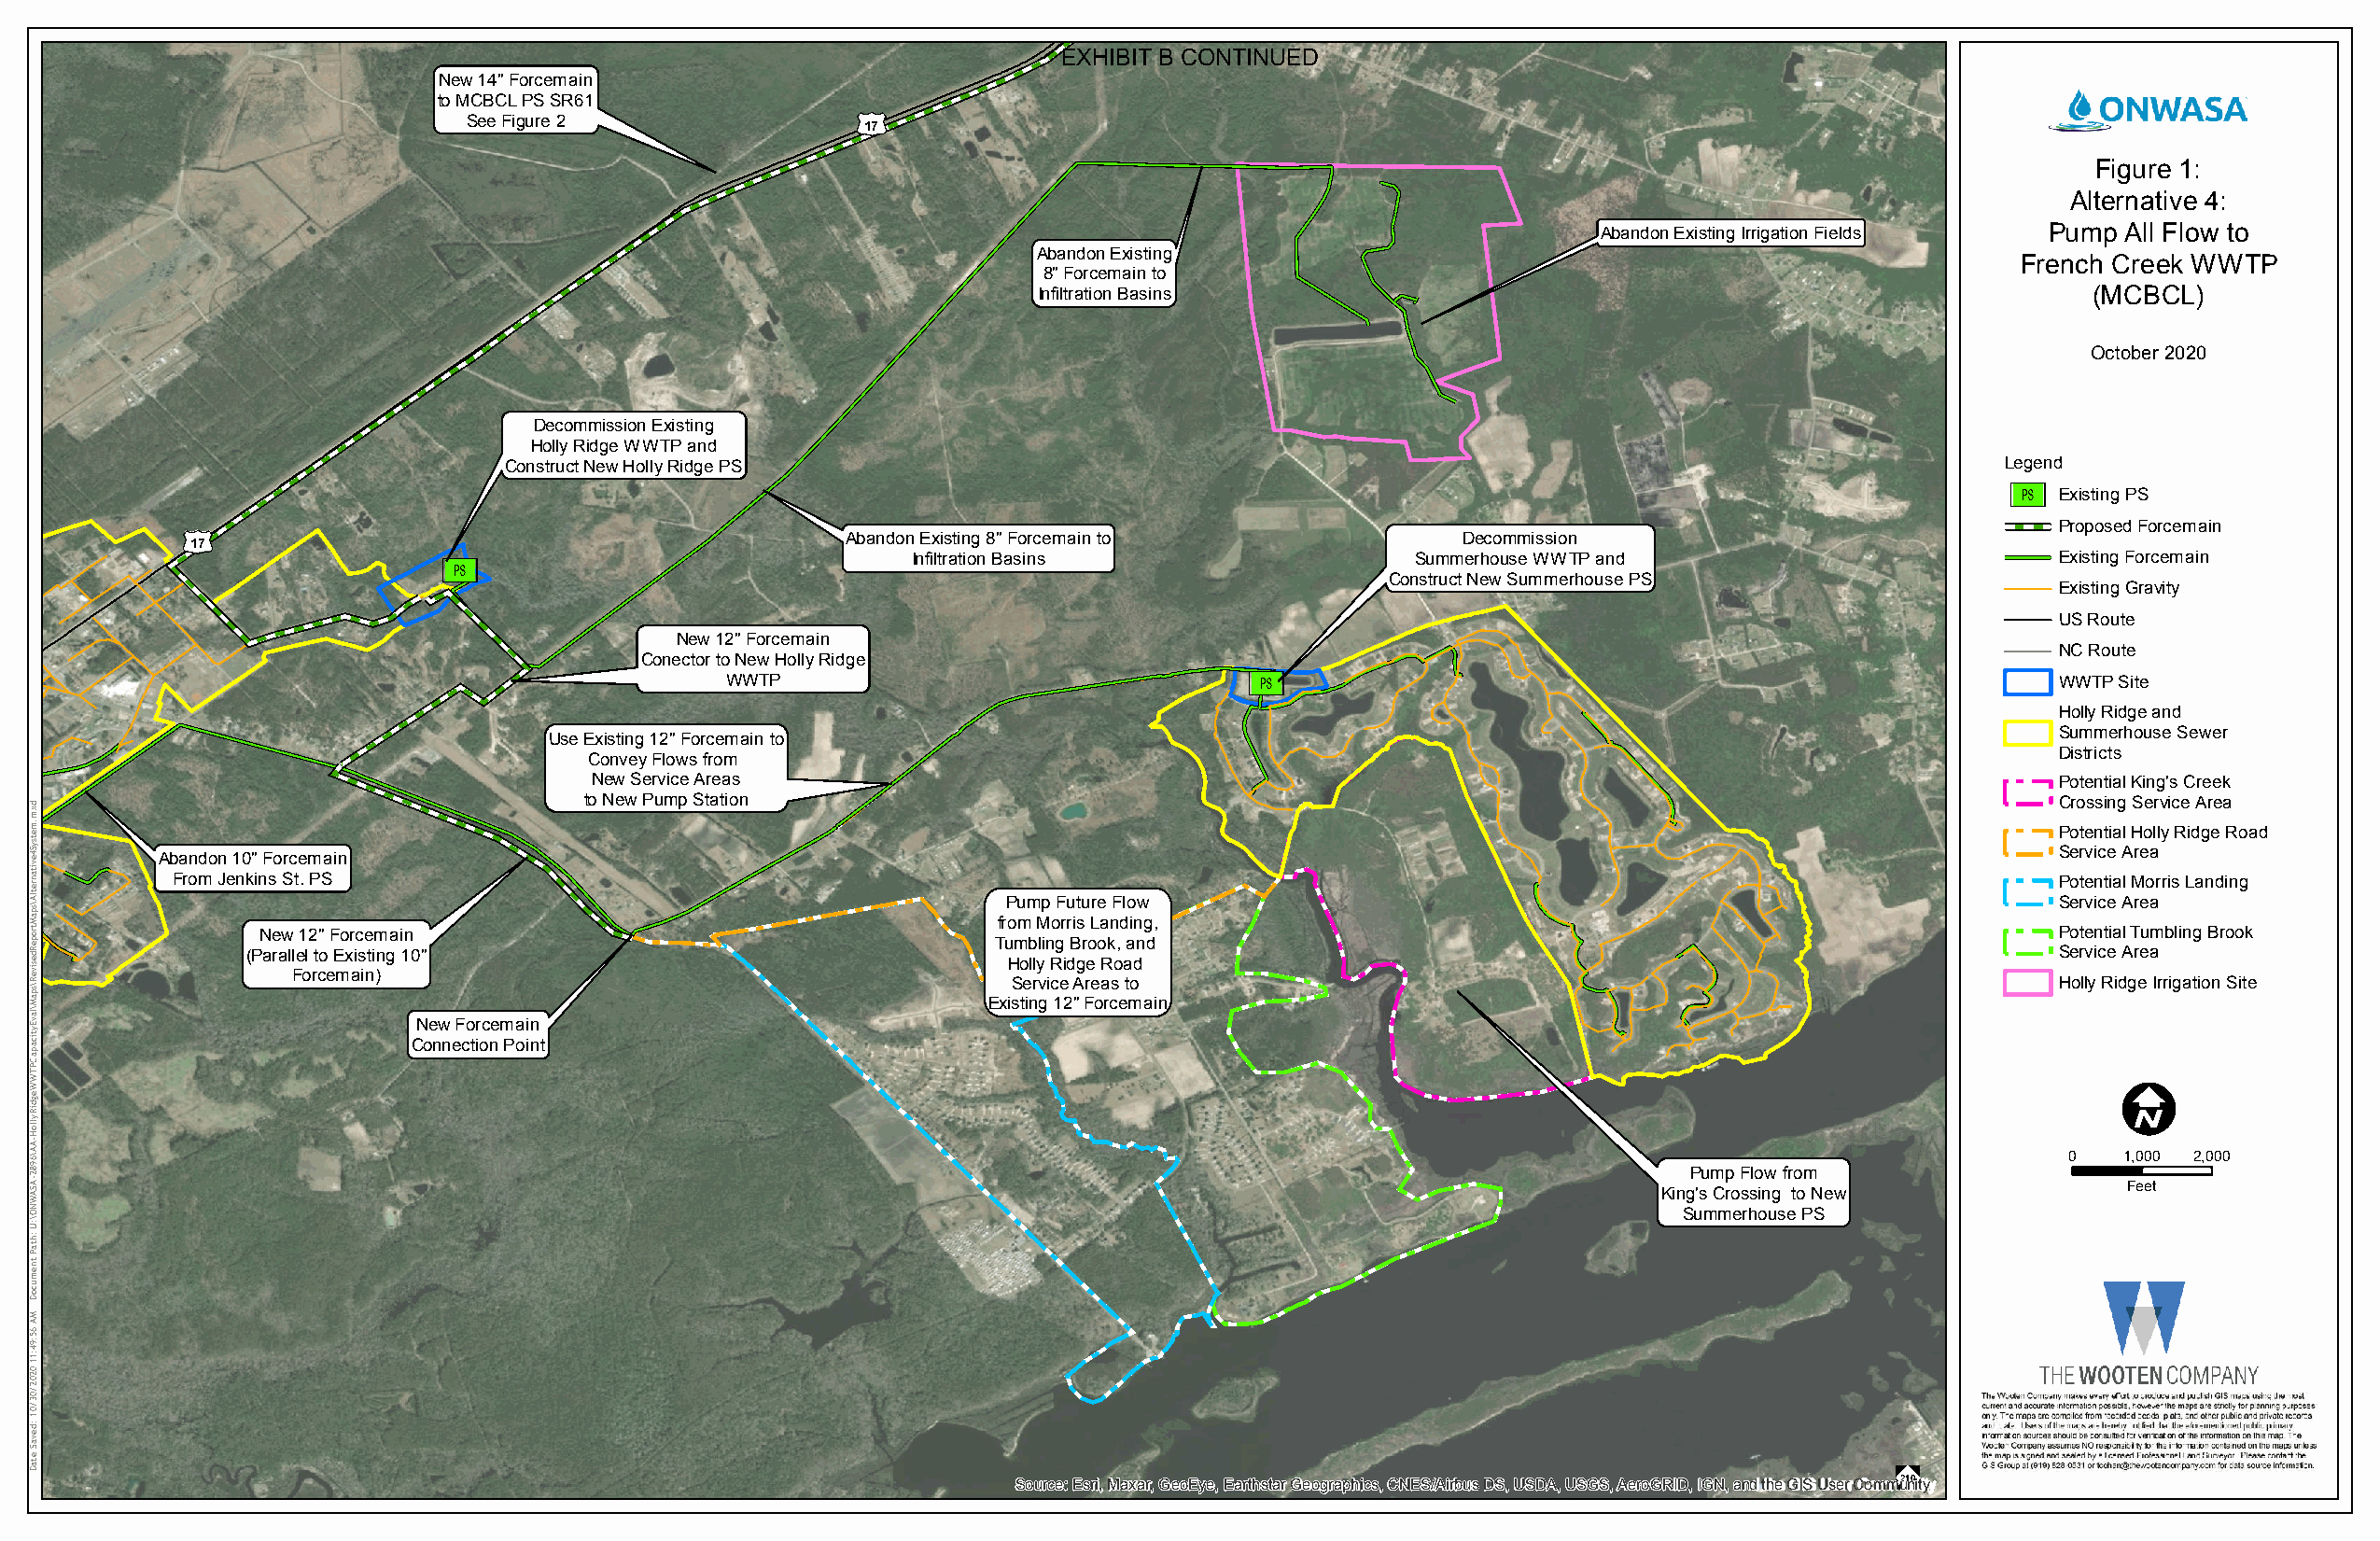
EXHIBIT B CONTINUED
 New 14" Forcemain
 to MCBCL PS SR61
 £¤
 See Figure 2
 17
 Figure 1:
 Alternative 4:
 Abandon Existing Irrigation Fields Pump All Flow to
 Abandon Existing
 French Creek WWTP
 8" Forcemain to
 Infiltration Basins                                                       (MCBCL)
 October 2020
 Decommission Existing
 Holly Ridge WWTP and
 Construct New Holly Ridge PS                                                                              Legend
 Ú[
 Existing PS
 £¤                                                                                                                                   Proposed Forcemain
 Abandon Existing 8" Forcemain to            Decommission
 17
 Ú[                                Infiltration Basins                Summerhouse WWTP and                          Existing Forcemain
 Construct New Summerhouse PS
 Existing Gravity
 US Route
 New 12" Forcemain
 NC Route
 Conector to New Holly Ridge
 Ú[
 WWTP                                                                                           WWTP Site
 Holly Ridge and
 Summerhouse Sewer
 Use Existing 12" Forcemain to
 Districts
 Convey Flows from
 New Service Areas                                                                                       Potential King's Creek
 to New Pump Station                                                                                      Crossing Service Area
 Potential Holly Ridge Road
 Service Area
 Abandon 10" Forcemain
 From Jenkins St. PS                                                                                                                   Potential Morris Landing
 Pump Future Flow                                                           Service Area
 from Morris Landing,
 New 12" Forcemain                                                                                                               Potential Tumbling Brook
 Tumbling Brook, and
 (Parallel to Existing 10"                                                                                                        Service Area
 Holly Ridge Road
 Forcemain)
 Service Areas to                                                          Holly Ridge Irrigation Site
 Existing 12" Forcemain
 New Forcemain
 Connection Point
 I
 0   1,000 2,000
 Pump Flow from
 Feet
 King's Crossing to New
 Summerhouse PS
 ""
 Source: Esri, Maxar, GeoEye, Earthstar Geographics, CNES/Airbus DS, USDA, USGS, AeroGRID, IGN, and the GIS User Commu21n0ity
 dxm.metsyS4evitanretlA\spaMtropeRdesiveR\spaM\lavEyticapaCPTWWegdiRylloH-AA\6982-ASAWNO\:U
 :htaP
 tnemucoD
 MA
 65:94:11
 0202/03/01
 :devaS
 etaD